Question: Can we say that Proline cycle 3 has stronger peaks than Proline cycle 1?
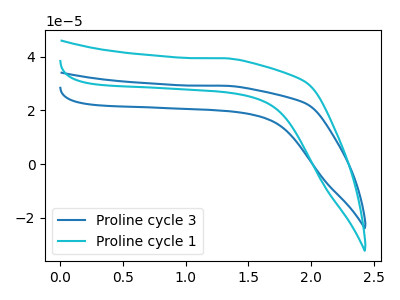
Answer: <think>The blue curve "Proline cycle 3" has no peaks. The cyan curve "Proline cycle 1" has no peaks.</think>
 <answer>Niether CV has any peaks.</answer>
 <eval>blanks</eval>